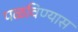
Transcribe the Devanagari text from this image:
पळविण्यास